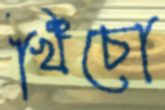
খিঁচো